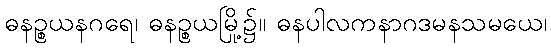
ဓနဉ္စယနဂရေ၊ ဓနဉ္စယမြို့၌။ ဓနပါလကနာဂဒမနသမယေ၊